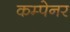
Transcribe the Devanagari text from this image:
कम्पेनर